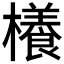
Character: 𣞼